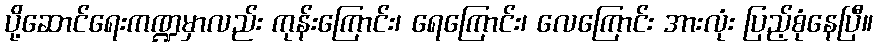
ပို့ဆောင်ရေးကဏ္ဍမှာလည်း ကုန်းကြောင်း၊ ရေကြောင်း၊ လေကြောင်း အားလုံး ပြည့်စုံနေပြီ။